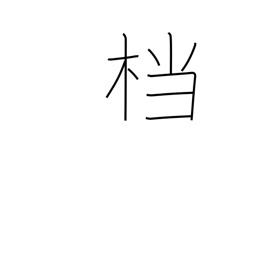
Meaning: archives